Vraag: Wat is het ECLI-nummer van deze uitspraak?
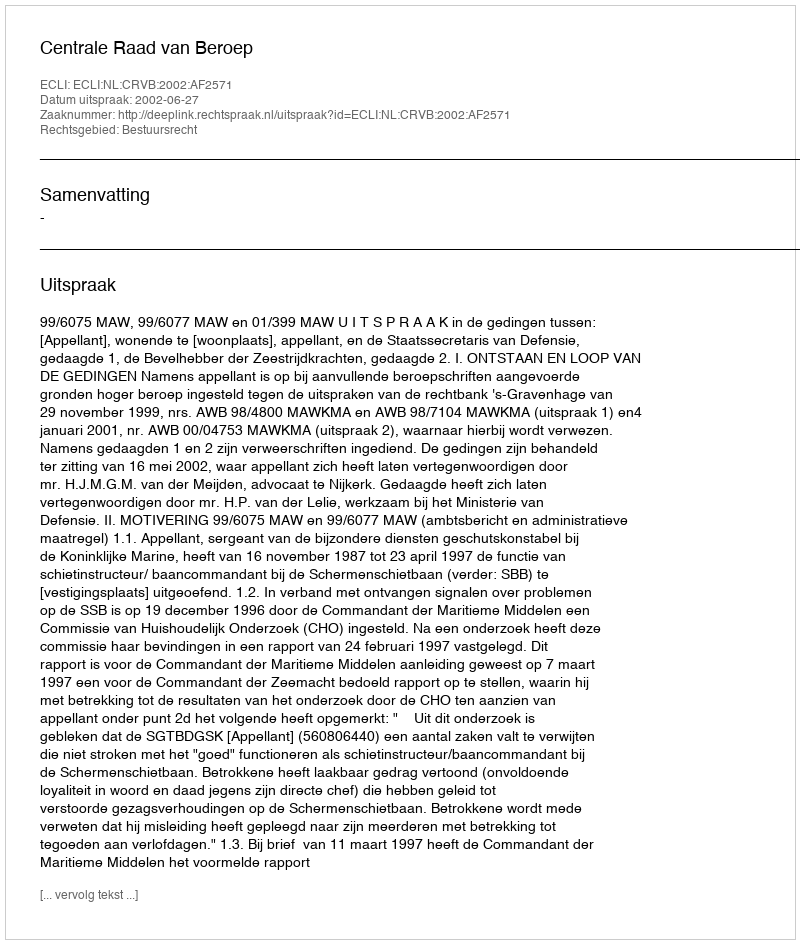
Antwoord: ECLI:NL:CRVB:2002:AF2571